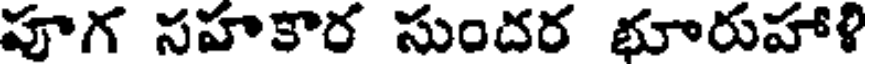
పూగ సహకార సుందర భూరుహాళి